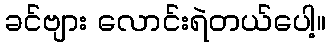
ခင်ဗျား လောင်းရဲတယ်ပေါ့။